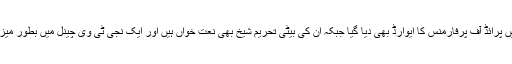
منیبہ شیخ کو نعت خوانی میں پرائڈ آف پرفارمنس کا ایوارڈ بھی دیا گیا جبکہ ان کی بیٹی تحریم شیخ بھی نعت خواں ہیں اور ایک نجی ٹی وی چینل میں بطور میزبان بھی پروگرام کرتی ہیں۔